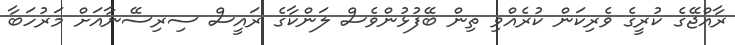
ރާއްޖޭގެ ކުރީގެ ވެރިކަން ކުރެއްވި ތިން ބޭފުޅުންވެސް ލަންކާގެ ރައީސް ސިރިސޭނާއަށް މަރުހަބާ